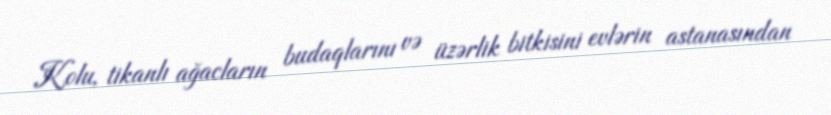
Kolu, tikanlı ağacların budaqlarını və üzərlik bitkisini evlərin astanasından